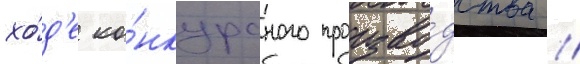
хо́д'е ко́нкурсного произво́дства //